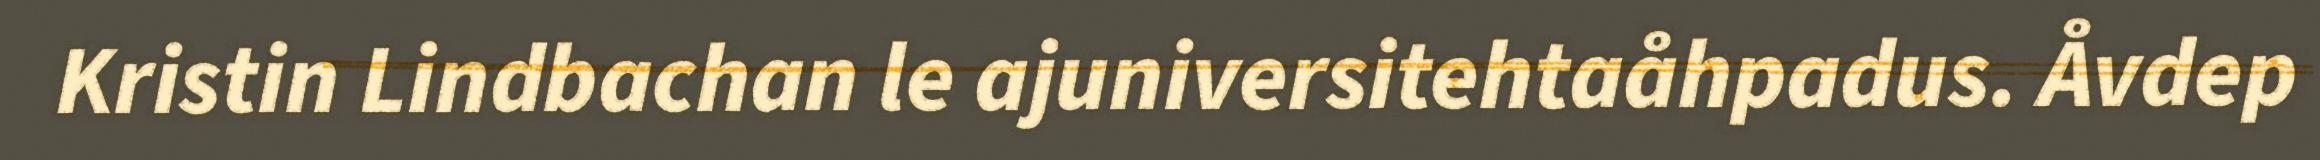
Kristin Lindbachan le ajuniversitehtaåhpadus. Åvdep